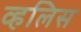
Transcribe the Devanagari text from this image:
व्हलिस